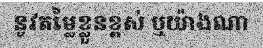
នូវតម្លៃខ្លួនខ្ពស់ ឬយ៉ាងណា